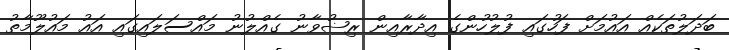
ބަދަލުތަކެއް އައުމަށް ފަހުގައި ފުލުހުންގެ އިދާރާއިން ރިޟުވާނު ގެއްލުނު މައްސަލައިގައި އައު މައުލޫމާތު